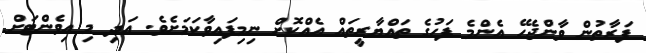
ފަރާތުން ވާންޖެހޭ އެންމެ ފަހުގެ ތައްޔާރީތައް އެއްކޮށް ނިމިފައިވާކަމަށެވެ. އަދި މި އިވެންޓަށް